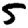
Digit: 5